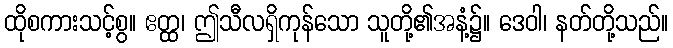
ထိုစကားသင့်စွ။ ဧတ္ထ၊ ဤသီလရှိကုန်သော သူတို့၏အနံ့၌။ ဒေဝါ၊ နတ်တို့သည်။